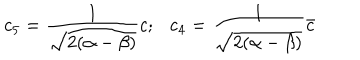
c _ { 5 } = \frac { 1 } { \sqrt { 2 ( \alpha - \beta ) } } c ; \ \ \ c _ { 4 } = \frac { 1 } { \sqrt { 2 ( \alpha - \beta ) } } \bar { c }